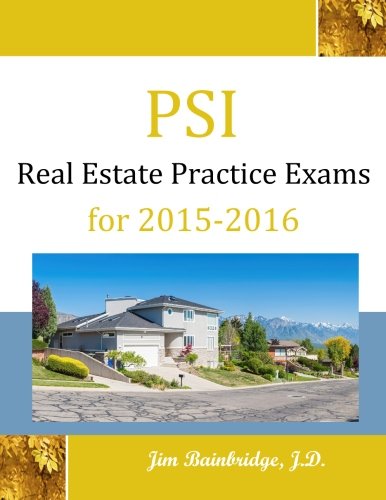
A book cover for PSI Real Estate Practice Exams for 2015-2016; Jim Bainbridge J.D.; Business & Money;